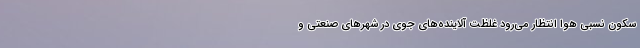
سکون نسبی هوا انتظار می‌رود غلظت آلاینده‌های جوی در شهرهای صنعتی و